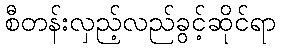
စီတန်းလှည့်လည်ခွင့်ဆိုင်ရာ